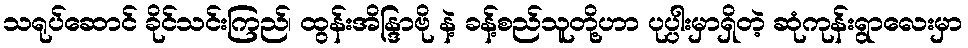
သရုပ်ဆောင် ခိုင်သင်းကြည်၊ ထွန်းအိန္ဒြာဗို နဲ့ ခန့်စည်သူတို့ဟာ ပုပ္ပါးမှာရှိတဲ့ ဆုံကုန်းရွာလေးမှာ